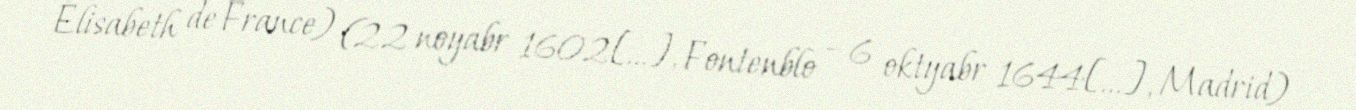
Élisabeth de France) (22 noyabr 1602[…], Fontenblo – 6 oktyabr 1644[…], Madrid)